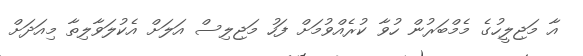
އާ މަޖިލީހުގެ މެމްބަރުން ހުވާ ކުރެއްވުމަށް ފަހު މަޖިލިސް އަލަށް އެކުލަވާލިތާ މިއަދަށް